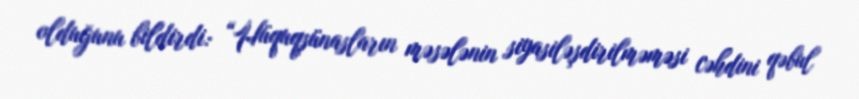
olduğunu bildirdi: “Hüquqşünasların məsələnin siyasiləşdirilməməsi cəhdini qəbul